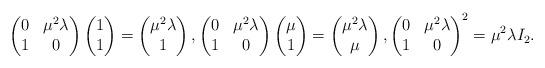
LaTeX: \begin{align*}\begin{pmatrix}0 & \mu^2\lambda \\1 & 0\end{pmatrix}\begin{pmatrix}1\\1\end{pmatrix}=\begin{pmatrix}\mu^2\lambda\\1\end{pmatrix},\begin{pmatrix}0 & \mu^2\lambda \\1 & 0\end{pmatrix}\begin{pmatrix}\mu\\1\end{pmatrix}=\begin{pmatrix}\mu^2\lambda\\\mu\end{pmatrix},\begin{pmatrix}0 & \mu^2\lambda \\1 & 0\end{pmatrix}^2=\mu^2\lambda I_2.\end{align*}